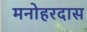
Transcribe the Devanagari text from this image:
मनोहरदास